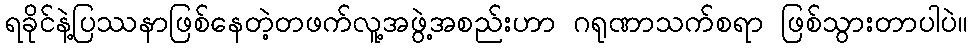
ရခိုင်နဲ့ပြဿနာဖြစ်နေတဲ့တဖက်လူ့အဖွဲ့အစည်းဟာ ဂရုဏာသက်စရာ ဖြစ်သွားတာပါပဲ။